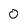
Character: O